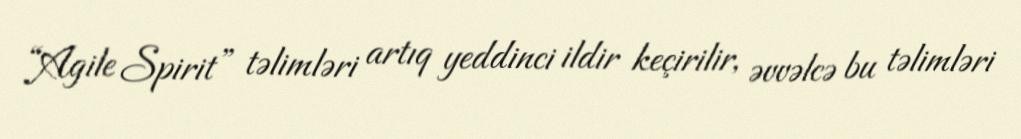
“Agile Spirit” təlimləri artıq yeddinci ildir keçirilir, əvvəlcə bu təlimləri